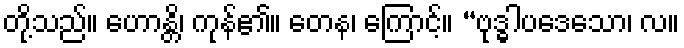
တို့သည်။ ဟောန္တိ၊ ကုန်၏။ တေန၊ ကြောင့်။ “ဗုဒ္ဓါပဒေသော၊ လ။